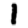
Digit: 1